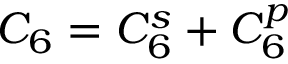
C _ { 6 } = C _ { 6 } ^ { s } + C _ { 6 } ^ { p }